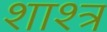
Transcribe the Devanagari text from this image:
शाश्त्र